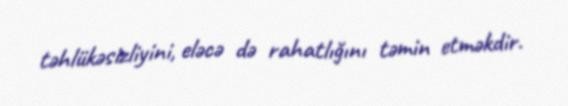
təhlükəsizliyini, eləcə də rahatlığını təmin etməkdir.